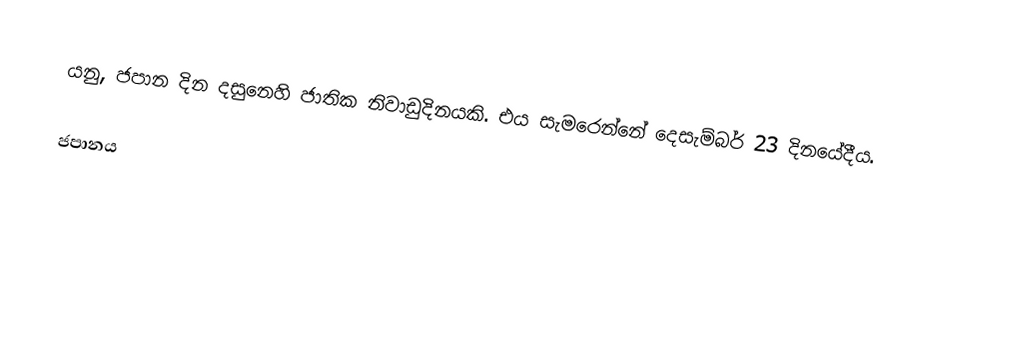
යනු, ජපාන දින දසුනෙහි ජාතික නිවාඩුදිනයකි. එය සැමරෙන්නේ දෙසැම්බර් 23 දිනයේදීය.

ජපානය